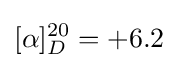
[\alpha ]_{D}^{20}=+6.2